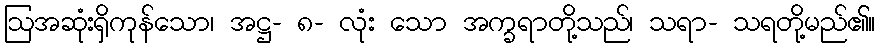
ဩအဆုံးရှိကုန်သော၊ အဋ္ဌ- ၈- လုံး သော အက္ခရာတို့သည်၊ သရာ- သရတို့မည်၏။